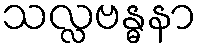
သလ္လဗန္ဓနာ